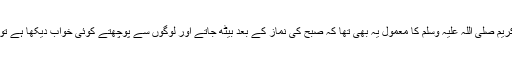
نبی کریم صلی اللہ علیہ وسلم کا معمول یہ بھی تھا کہ صبح کی نماز کے بعد بیٹھ جاتے اور لوگوں سے پوچھتے کوئی خواب دیکھا ہے تو بتاؤ۔